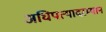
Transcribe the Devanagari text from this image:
अधिपत्यादरम्यान